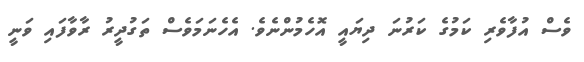
ވެސް އުފާވެރި ކަމުގެ ކަރުނަ ދިޔައީ އޮހެމުންނެވެ. އެހެނަމަވެސް ތަގުދީރު ރާވާފައި ވަނީ